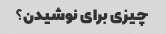
چیزی برای نوشیدن؟